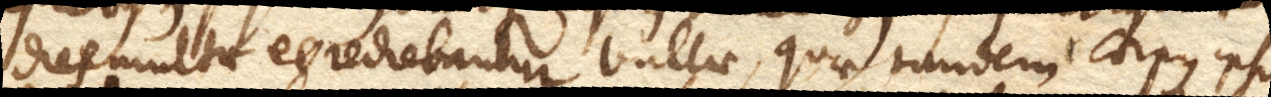
dies multae egrediebantur bullae, quae tandem corpus ipsum